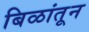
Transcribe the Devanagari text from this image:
बिळांतून